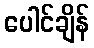
ပေါင်ချိန်